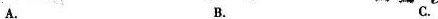
A. B. C.